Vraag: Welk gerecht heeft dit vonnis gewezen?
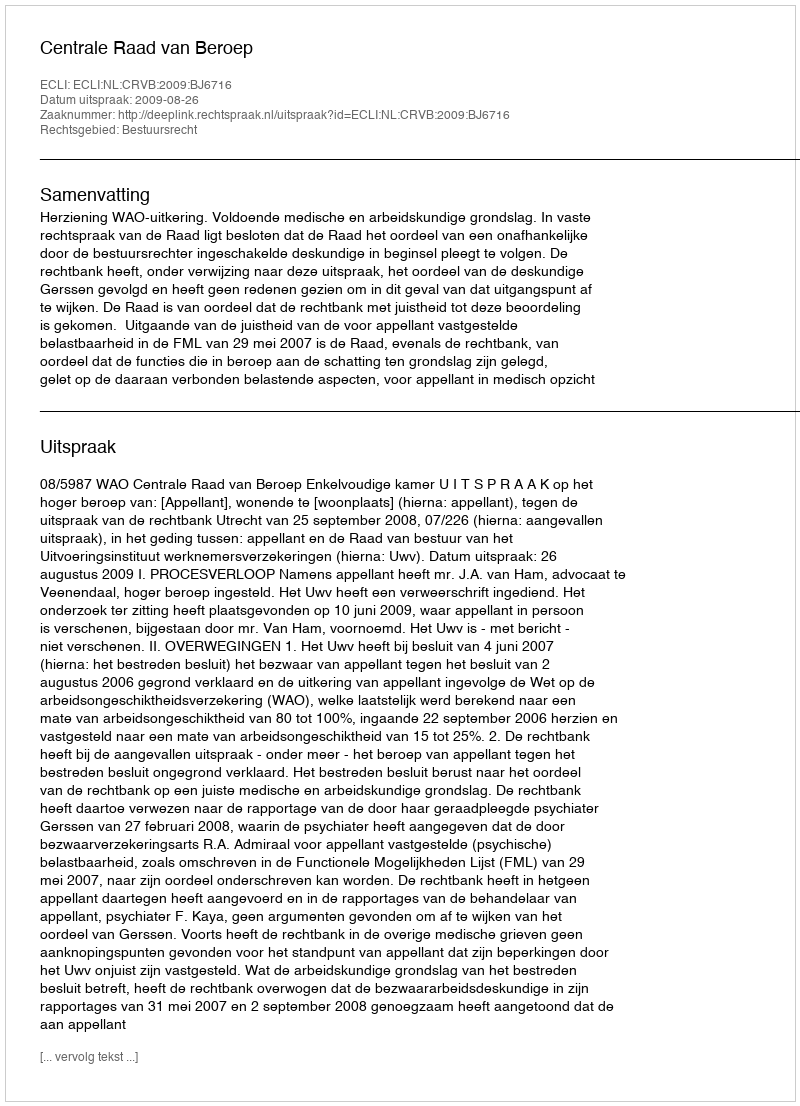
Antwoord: Centrale Raad van Beroep